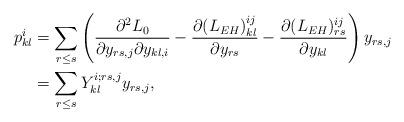
LaTeX: \begin{align*}p_{kl}^{i}& =\sum_{r\leq s}\left(\frac{\partial ^{2}L_{0}}{\partial y_{rs,j}\partial y_{kl,i}}-\frac{\partial (L_{EH})_{kl}^{ij}}{\partial y_{rs}}-\frac{\partial (L_{EH})_{rs}^{ij}}{\partial y_{kl}}\right) y_{rs,j} \\& =\sum_{r\leq s}Y_{kl}^{i;rs,j}y_{rs,j}, \end{align*}